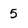
Character: 5